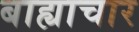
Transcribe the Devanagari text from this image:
बाह्याचार